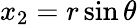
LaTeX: x_{2}=r\sin\theta